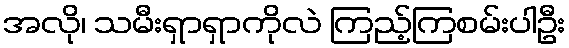
အလို၊ သမီးရှာရှာကိုလဲ ကြည့်ကြစမ်းပါဦး